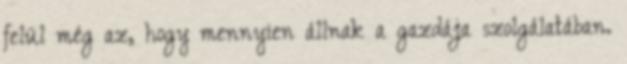
felül még az, hogy mennyien állnak a gazdája szolgálatában.